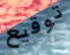
توقيع